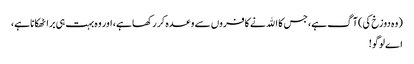
(وہ دوزخ کی) آگ ہے، جس کا اﷲ نے کافروں سے وعدہ کر رکھا ہے، اور وہ بہت ہی برا ٹھکانا ہے،
اے لوگو!